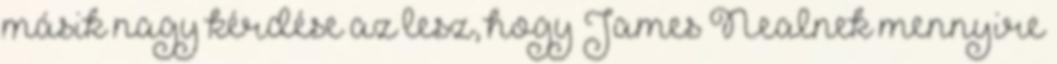
másik nagy kérdése az lesz, hogy James Nealnek mennyire